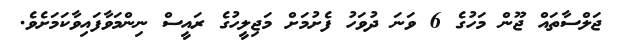
ޖަލްސާތައް ޖޫން މަހުގެ 6 ވަނަ ދުވަހު ފެށުމަށް މަޖިލީހުގެ ރައީސް ނިންމަވާފައިވާކަމަށެވެ.